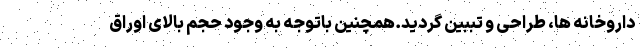
داروخانه ها، طراحی و تببین گردید.همچنین باتوجه به وجود حجم بالای اوراق